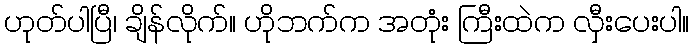
ဟုတ်ပါပြီ၊ ချိန်လိုက်။ ဟိုဘက်က အတုံး ကြီးထဲက လှီးပေးပါ။